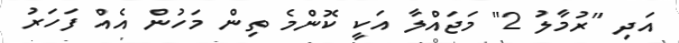
އަދި "ރުމާލު 2" މަޖައްލާ އަކީ ކޮންމެ ތިން މަހުން އެއް ފަހަރު